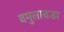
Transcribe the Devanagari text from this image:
वमुलावडा